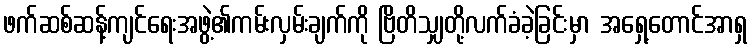
ဖက်ဆစ်ဆန့်ကျင်ရေးအဖွဲ့၏ကမ်းလှမ်းချက်ကို ဗြိတိသျှတို့လက်ခံခဲ့ခြင်းမှာ အရှေ့တောင်အာရှ